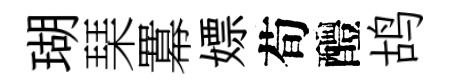
瑚琹羃嫖荀醴鸪